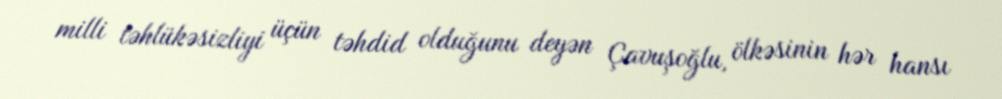
milli təhlükəsizliyi üçün təhdid olduğunu deyən Çavuşoğlu, ölkəsinin hər hansı